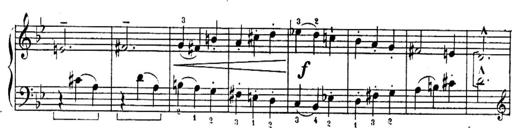
Title: Sonatines
Composer: Hedwige ChrÃ©tien